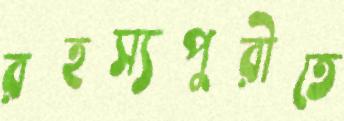
রহস্যপুরীতে